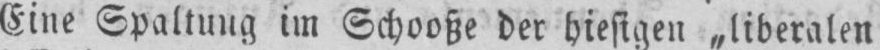
Eine Spaltung im Schooße der hiesigen „liberalen